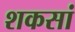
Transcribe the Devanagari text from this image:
शकसां